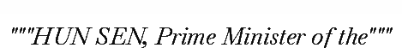
"""HUN SEN, Prime Minister of the"""